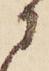
に